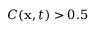
C ( { \bf { x } } , t ) > 0 . 5